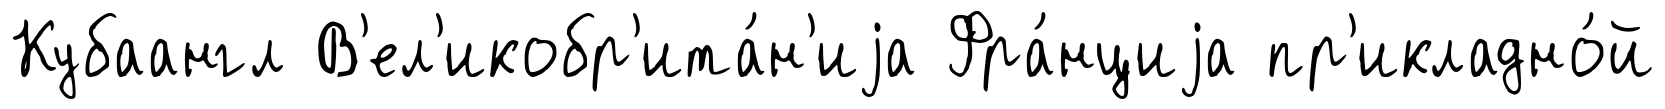
Кубаангл В'ел'икобр'ита́н'иjа Фра́нциjа пр'икладно́й